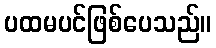
ပထမပင်ဖြစ်ပေသည်။